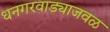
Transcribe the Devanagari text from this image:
धनगरवाड्याजवळ